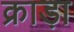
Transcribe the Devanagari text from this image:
क्राड़ा